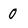
Character: 0